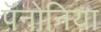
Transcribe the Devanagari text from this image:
पॅनोनिया